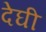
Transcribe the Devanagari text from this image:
देघी